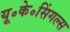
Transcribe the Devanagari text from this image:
यू॰के॰सिंगल्स